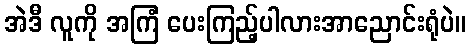
အဲဒီ လူကို အကြံ ပေးကြည့်ပါလားအာညောင်းရုံပဲ။